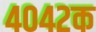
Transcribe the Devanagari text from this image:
४०४२क